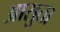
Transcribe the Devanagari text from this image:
आसुता